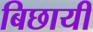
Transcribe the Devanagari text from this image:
बिछायी